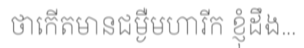
ថាកើតមានជម្ងឺមហារីក ខ្ញុំដឹង...